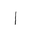
Letter: _alif